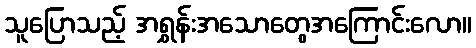
သူပြောသည့် အရွှန်းအသောတွေအကြောင်းလော။